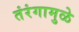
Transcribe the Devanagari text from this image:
तंरंगामुळे